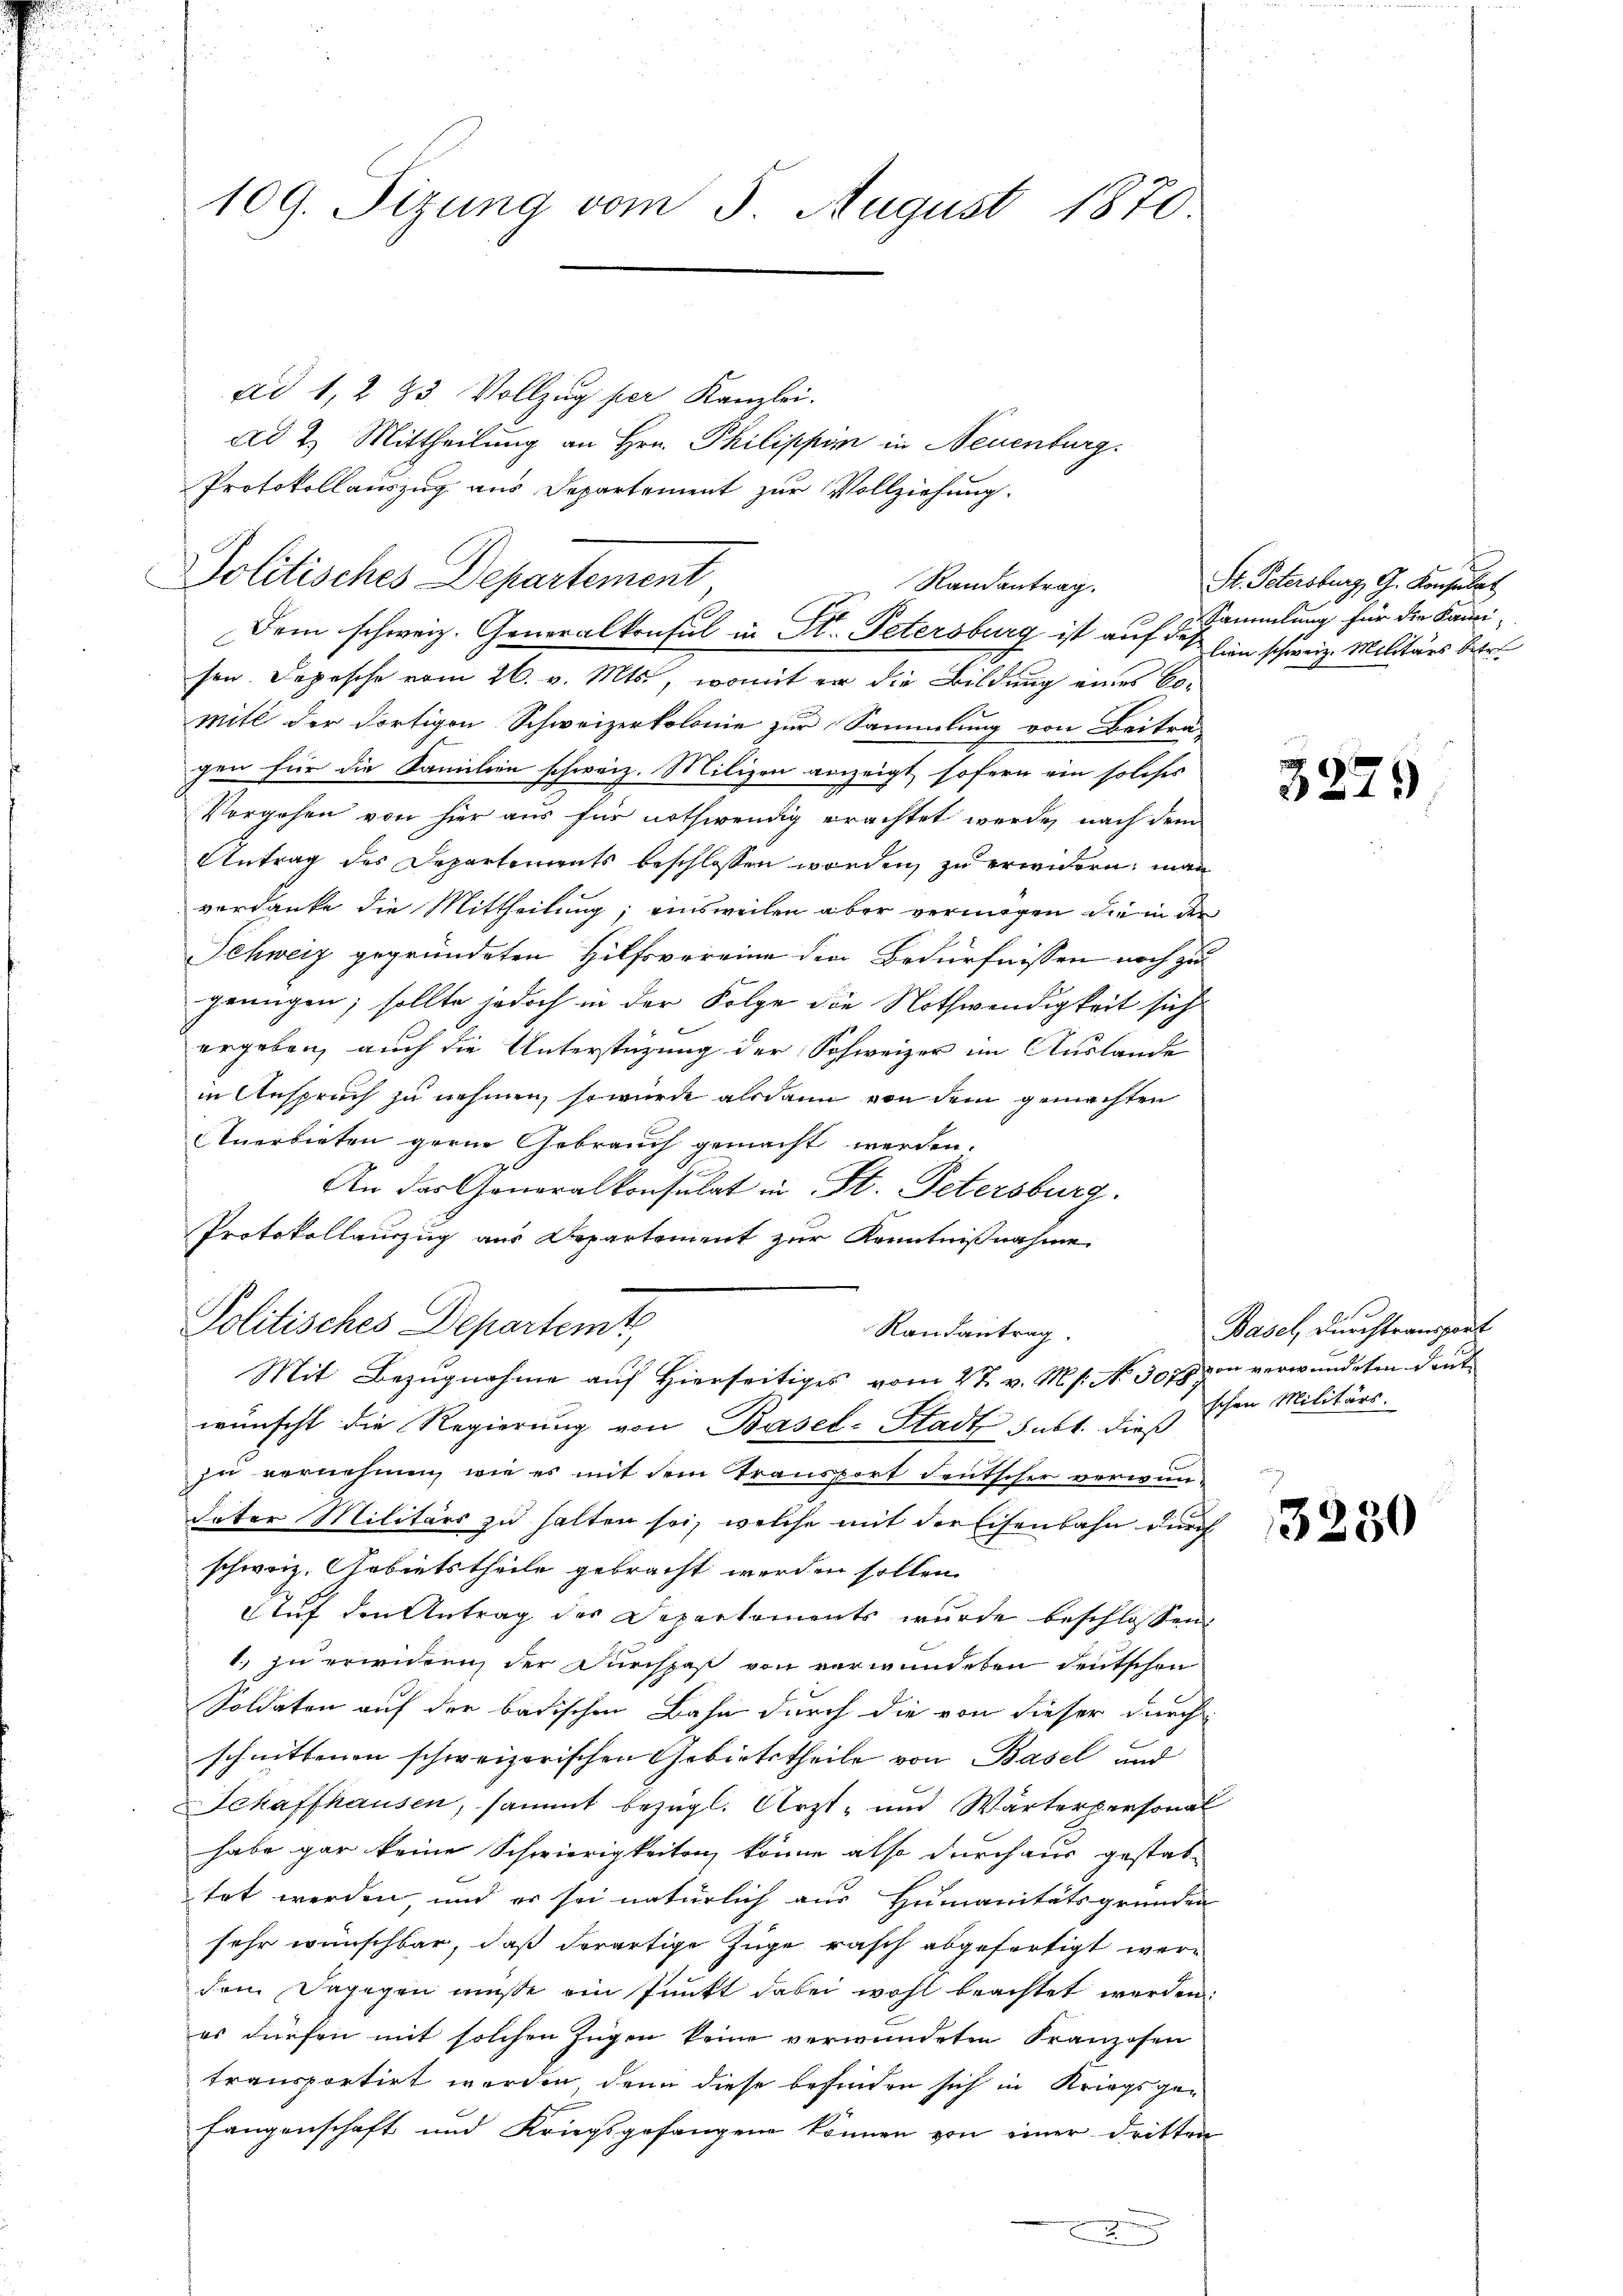
109. Sizung vom 5. August 1870

ad 1, 283 Vollzug per Kanzlei.
ad 2. Mittheilung an Hrn. Philippin in Neuenburg.
Protokollauszug aus Departement zur Vollziehung.

Politisches Departement
Randantrag.
Dem schweiz. Generalkonsul in St. Petersburg ist auf Sammlung für die Kauri¬

wünscht die Regierung von Basel-Stadt subt. dies schen Militärs.
zu vornehmen, wie es mit dem Transport deutscher verwundator Militärs zu halten sei, welche mit der Eisenbahn durch
schweiz. Gebietstheile gebracht werden sollen.
Auf den Antrag der Departements wurde beschlossen,
1. zu erwidern der Durchpaß von verwundeten deutschen
Soldaten auf der badischen Bahn durch die von dieser durch
schnittenen schweizerischen Gebietstheile von Basel und
Schaffhausen, sammt bezügl. Arzt- und Wärterpersonal
habe gar keine Schwierigkeiten könne also durchaus gestattet werden, und es sei natürlich aus Humanitätsgründen
sehr wünschbar, daß derartige Zuge rasch abgefertigt werdem Dagegen müße ein Punkt dabei wohl beachtet werden.
es dürfen mit solchen Jugen keine verwundeten Franzosen
transportirt worden, denn diese befinden sich in Kriegsge-
Langenschaft und Kriegsgefangen können von einer dritten
F

sen. Depesche vom 26. v. Mts., womit er die Bildung eines Bo-
mitt der dortigen Schweizerkolonie zur Sammlung von Beiträ-
gen für die Familien schweiz. Milizen anzeigt, sofern ein solches
Vorgehen von hier aus für nothwendig erachtet werde, nach dem
Antrag des Departements beschlossen worden, zu erwidern, man
verdanke die Mittheilung; einsweilen aber vermögen die in den
Schweiz gegründeten Hilfsvereine den Bedürfnissen noch zu
genügen; sollte jedoch in der Folge die Nothwendigkeit sich
ergeben, auch die Unterstüzung der Schweizer im Auslande
in Anspruch zu nehmen, so würde alsdann von dem gemachten
Anerbieten gerne Gebrauch gemacht werden.
An das Generalkonsulat in St. Petersburg.
Protokollanzug aus Departement zur Kenntnißnahme

Politisches Departemt
Randantrag.
Mit Bezugnahme auf Hierseitiges vom 27. v. Ms. No. 3078 von verwundeten deut

St. Petersburg, G. Konsulat,
lien schweiz. Militärs betre

3279

Basel durchtransport

3230